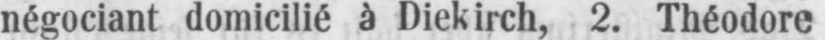
négociant domicilié à Diekirch, 2. Théodore